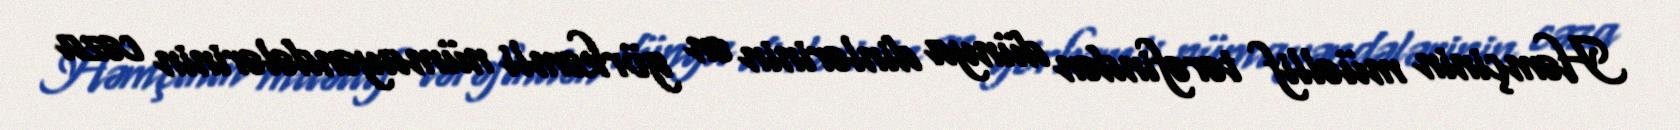
Həmçinin müəllif tərəfindən dünya dinlərinin ən görkəmli nümayəndələrinin cəza